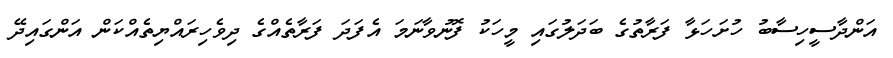
އަންދާސީހިސާބު ހުށަހަޅާ ފަރާތުގެ ބަދަލުގައި މީހަކު ފޮނުވާނަމަ އެފަދަ ފަރާތެއްގެ ދިވެހިރައްޔިތެއްކަން އަންގައިދޭ